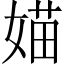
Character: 媌